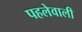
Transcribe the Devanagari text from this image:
पहलेवाली